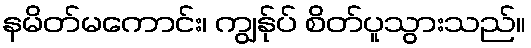
နမိတ်မကောင်း၊ ကျွန်ုပ် စိတ်ပူသွားသည်။